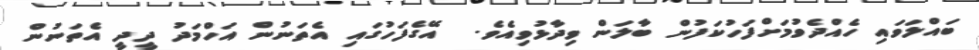
ބައްލަވައި ހެއްދެވުމަށްފަހުކަފުން ބާލަން ވިދާޅުވިއެވެ.  އޭގެފަހުގައި އެތަނުން އަހްމަދު ދީދީ އެތަނުން